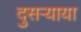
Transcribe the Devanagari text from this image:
दुसर्‍याया